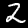
Label: 2